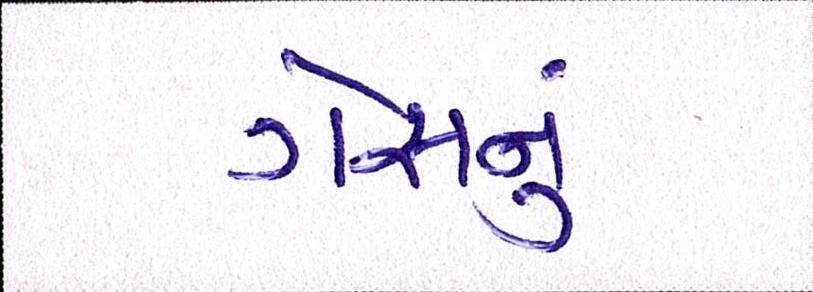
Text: ગેસનું